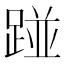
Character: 踫